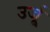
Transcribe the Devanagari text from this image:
उर्जू